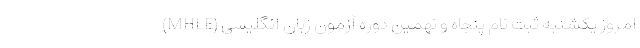
امروز یکشنبه ثبت نام پنجاه و نهمین دوره آزمون زبان انگلیسی (MHLE)